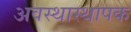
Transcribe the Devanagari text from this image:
अवस्थास्थापक